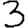
Digit: 3